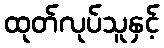
ထုတ်လုပ်သူနှင့်